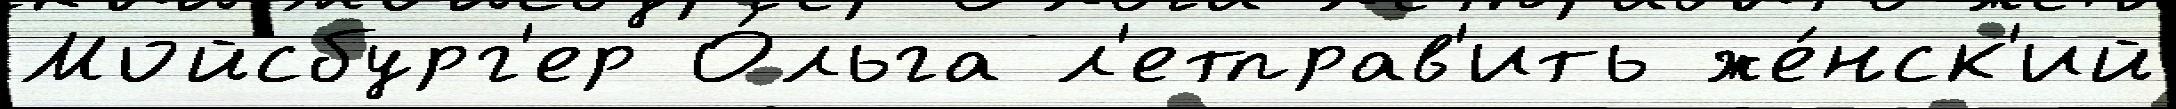
Мойсбург'ер О́льга л'етправ'ить же́нск'ий